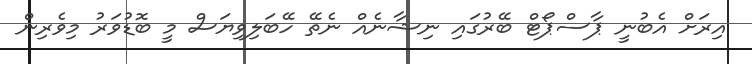
އިރަށް އެބުނީ ޕާސްޕޯޓް ބޭރުގައި ނިޝާނެއް ނެތޭ ހޭބަލިވިޔަސް މީ ބޮޑުވަރު މިވެރިން